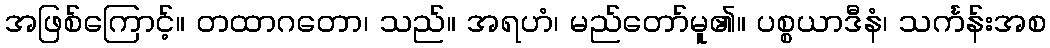
အဖြစ်ကြောင့်။ တထာဂတော၊ သည်။ အရဟံ၊ မည်တော်မူ၏။ ပစ္စယာဒီနံ၊ သင်္ကန်းအစ